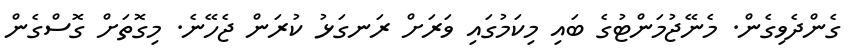
ގެންދެވިގެން. މެނޭޖުމަންޓުގެ ބައި މިކަމުގައި ވަރަށް ރަނގަޅު ކުރަން ޖެހޭނެ. މިގޮތަށް ގޮސްގެން